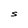
Character: S